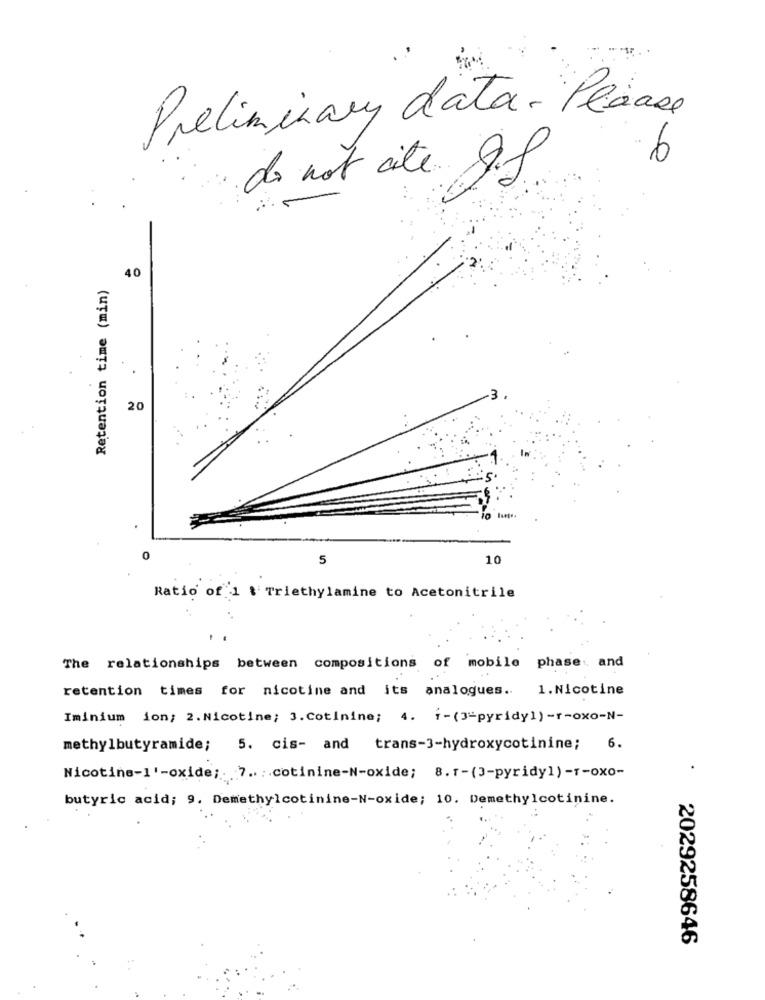
Preliminary data - Plasse
6
do not cite Q.f.
Retention time (min)
40
20
0
5
10
Ratio of 1 \ Triethylamine to Acetonitrile
The relationships between compositions of mobile phase and
retention times for nicotine and its analogues. 1. Nicotine
Iminium ion: 2.Nicotine; 3.Cotinine; 4. i-(3-pyridy1) -r-oxo-N-
methylbutyramide; 5. cis- and trans-3-hydroxycotinine; 6.
.
Nicotine-1'-oxide ;. 7 .. .. cotinine-N-oxide; 8.1-(3-pyridy1) -T-oxo-
butyric acid; 9. Demethylcotinine-N-oxide; 10. Demethylcotinine.
2029258646